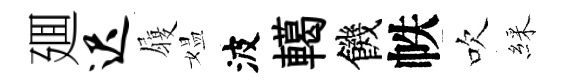
廽迟履媪波轕饑帙吹綵